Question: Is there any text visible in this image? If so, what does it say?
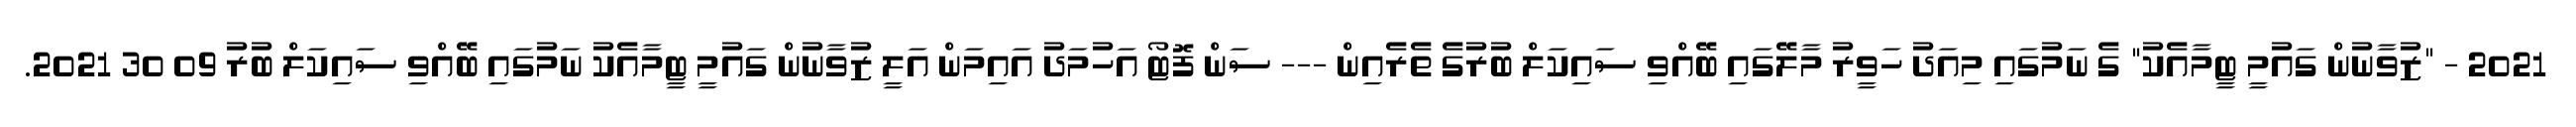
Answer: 2021 - "ޒުވާނުން ގައުމީ ޓީމާއެކު" ގެ ނަމުގައި މިއަދު ހަވީރު މާލޭގައި ބޭއްވި ސައިކަލް ބުރުގެ ތެރެއިން --- ސަން ފޮޓޯ އަހުމަދު އައިމަން އަލީ ޒުވާނުން ގައުމީ ޓީމާއެކު ނަމުގައި ބޭއްވި ސައިކަލް ބުރު 09 30 2021.